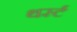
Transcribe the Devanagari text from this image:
थर्स्ट